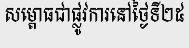
សម្ពោធជាផ្លូវការនៅថ្ងៃទី២៥